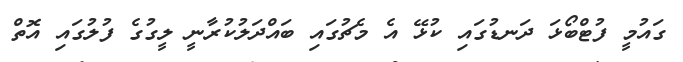
ގައުމީ ފުޓްބޯޅަ ދަނޑުގައި ކުޅޭ އެ މެޗުގައި ބައްދަލުކުރާނީ ލީގުގެ ފުލުގައި އޮތް